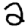
Digit: 2